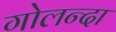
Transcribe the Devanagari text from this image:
गोलन्दा